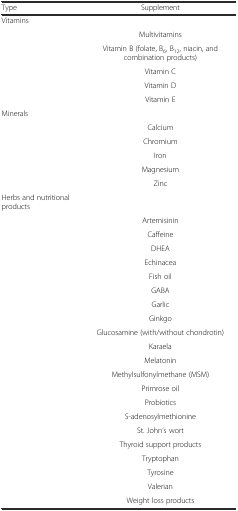
<table><thead><tr><td><b>Type</b></td><td><b>Supplement</b></td></tr></thead><tbody><tr><td>Vitamins</td><td></td></tr><tr><td></td><td>Multivitamins</td></tr><tr><td></td><td>Vitamin B (folate, B<sub>6</sub>, B<sub>12</sub>, niacin, and combination products)</td></tr><tr><td></td><td>Vitamin C</td></tr><tr><td></td><td>Vitamin D</td></tr><tr><td></td><td>Vitamin E</td></tr><tr><td>Minerals</td><td></td></tr><tr><td></td><td>Calcium</td></tr><tr><td></td><td>Chromium</td></tr><tr><td></td><td>Iron</td></tr><tr><td></td><td>Magnesium</td></tr><tr><td></td><td>Zinc</td></tr><tr><td>Herbs and nutritional products</td><td></td></tr><tr><td></td><td>Artemisinin</td></tr><tr><td></td><td>Caffeine</td></tr><tr><td></td><td>DHEA</td></tr><tr><td></td><td>Echinacea</td></tr><tr><td></td><td>Fish oil</td></tr><tr><td></td><td>GABA</td></tr><tr><td></td><td>Garlic</td></tr><tr><td></td><td>Ginkgo</td></tr><tr><td></td><td>Glucosamine (with/without chondrotin)</td></tr><tr><td></td><td>Karaela</td></tr><tr><td></td><td>Melatonin</td></tr><tr><td></td><td>Methylsulfonylmethane (MSM)</td></tr><tr><td></td><td>Primrose oil</td></tr><tr><td></td><td>Probiotics</td></tr><tr><td></td><td>S-adenosylmethionine</td></tr><tr><td></td><td>St. John’s wort</td></tr><tr><td></td><td>Thyroid support products</td></tr><tr><td></td><td>Tryptophan</td></tr><tr><td></td><td>Tyrosine</td></tr><tr><td></td><td>Valerian</td></tr><tr><td></td><td>Weight loss products</td></tr></tbody></table>